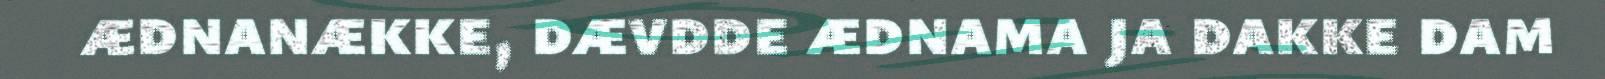
ædnanække, dævdde ædnama ja dakke dam